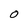
Character: 0